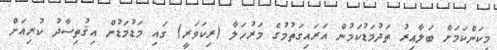
މިކަންކަމަށް ބަލާއިރު ތަދުމަޑުކަމުން އަރައިގަތުމުގެ މަރުހަލާ (ރިކަވަރީ) ގައި މަޑުމަޑުން އިޤުތިސާދު ކުރިއަށް